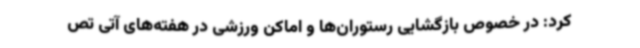
کرد: در خصوص بازگشایی رستوران‌ها و اماکن ورزشی در هفته‌های آتی تص